system: You are a helpful assistant.
user:
Analyze the provided spectrum to determine if it is a **Carbon Star (C-type)**.

- **Key Visual Indicators of Carbon Star:**
    - **(Primary):** Strong molecular absorption from **C₂ (diatomic carbon) "Swan Bands."** This is the **defining feature** of a carbon star.
        - **(Key Bandheads):** Sharp absorption edges are visible at approximately $5635$ Å, $5165$ Å (the strongest band), and $4737$ Å.
        - **(Line Profile):** Creates a distinct **"saw-tooth"** pattern. The key morphology is a sharp, steep bandhead on the **red (long-wavelength) side**, which then gradually tapers off (i.e., flux recovers) towards the **blue (short-wavelength) side**. *(This is the direct opposite of the TiO bands seen in M-type stars)*.

    - **(Secondary):** Intense **CN (cyanogen)** molecular absorption bands.
        - **(Key Bandheads):** Located in the blue and violet regions of the spectrum (e.g., near $4215$ Å and $3883$ Å).
        - **(Morphology):** These bands are extremely broad and act as a "blanket," absorbing the vast majority of blue and violet light. This creates a characteristic **"cliff"** or **"steep drop-off"** in the spectrum's flux at short wavelengths.

    - **(Key Confirmation):** Strong **CH absorption band (G-band)**.
        - **(Key Bandhead):** Located around $4300$ Å. The contribution from CH molecules to this band is exceptionally strong.

    - **(Overall Spectrum):**
        - The continuum is severely "chopped up" by these deep molecular bands, especially C₂, rather than appearing as a smooth curve.
        - Due to the heavy CN and C₂ absorption in the blue-green, the vast majority of the star's flux is concentrated in the red part of the spectrum, giving the star its characteristic deep red color.

Think first, call **spectral_visualization_tool** if needed to examine features in detail, then provide your final answer. Your response must adhere to the following strict rules:
1.  **Overall Structure:** Your response must follow the format `<think>...</think> <tool_call>...</tool_call> (if a tool is used) <answer>...</answer>`.
2.  **Tool Usage Constraint:** You may only make **one** tool call per turn.
3.  **Final Answer Format:** In the `<answer>` tag, your conclusion must be inside a `\boxed{}` command (e.g., `\boxed{YES}`), followed by your justification.

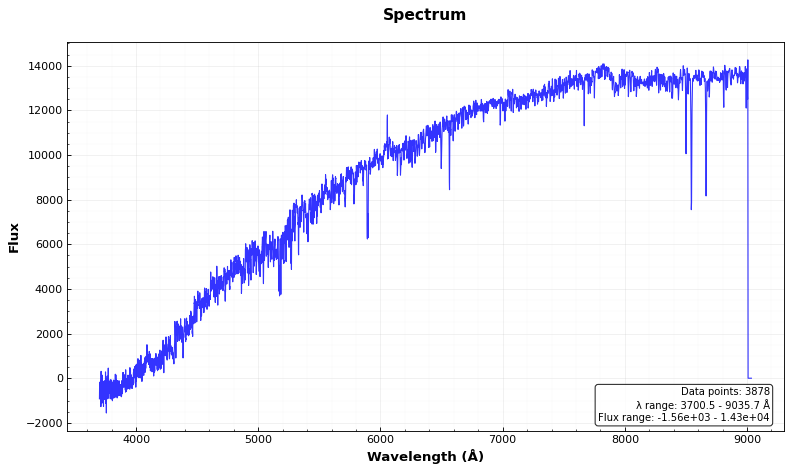
Answer: NO